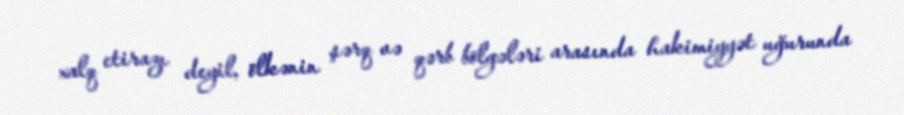
xalq etirazı deyil, ölkənin şərq və qərb bölgələri arasında hakimiyyət uğurunda